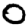
Digit: 0